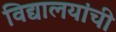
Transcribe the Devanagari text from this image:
विद्यालयांची